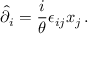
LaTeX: \hat { \partial } _ { i } = \displaystyle { \frac { i } { \theta } } \epsilon _ { i j } x _ { j } \, .